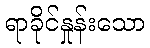
ရာခိုင်နှုန်းသော